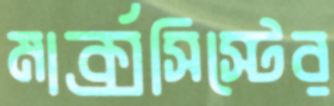
মার্ক্সসিস্টের